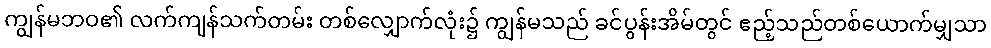
ကျွန်မဘဝ၏ လက်ကျန်သက်တမ်း တစ်လျှောက်လုံး၌ ကျွန်မသည် ခင်ပွန်းအိမ်တွင် ဧည့်သည်တစ်ယောက်မျှသာ